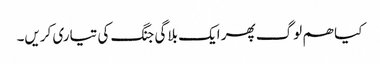
کیا ھم لوگ پھر ایک بلاگی جنگ کی تیاری کریں۔